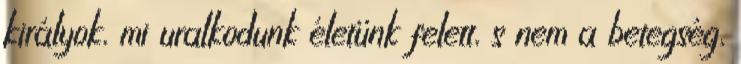
királyok, mi uralkodunk életünk felett, s nem a betegség,